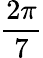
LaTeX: \frac{2\pi}{7}